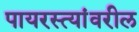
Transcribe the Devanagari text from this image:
पायरस्त्यांवरील